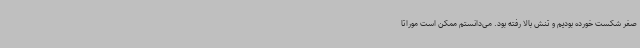
صفر شکست خورده بودیم و تنش بالا رفته بود. می‌دانستم ممکن است موراتا